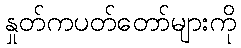
နှုတ်ကပတ်တော်များကို